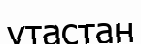
утастан